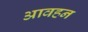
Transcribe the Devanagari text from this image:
आवहन